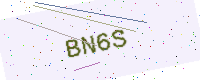
Text: BN6S